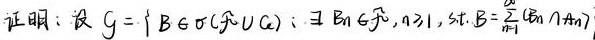
证明：设 \(g = \{ B\in\sigma(\mathcal{F}\cup\mathcal{G}):\exists B_{n}\in\mathcal{F}, n\geq1, \text{s.t. } B=\bigcup_{n = 1}^{\infty}(B_{n}\cap A_{n})\} \)